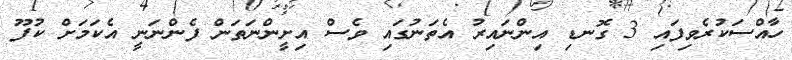
ހާއްސަކުރެވިފައި 3 ގޮނޑި އިންނައިރު އެތަނުގައި ވެސް އިށީންނަތަން ފެންނަނީ އެކަމަށް ކުފޫ